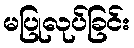
မပြုလုပ်ခြင်း